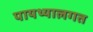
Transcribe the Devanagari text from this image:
पायथ्यालगत